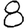
Digit: 8